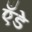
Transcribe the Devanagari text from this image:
एँडे